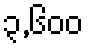
၃,၆၀၀